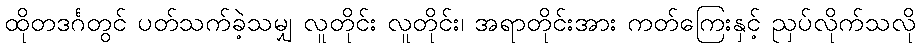
ထိုတဒင်္ဂတွင် ပတ်သက်ခဲ့သမျှ လူတိုင်း လူတိုင်း၊ အရာတိုင်းအား ကတ်ကြေးနှင့် ညှပ်လိုက်သလို